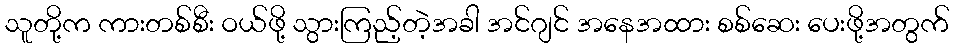
သူတို့က ကားတစ်စီး ဝယ်ဖို့ သွားကြည့်တဲ့အခါ အင်ဂျင် အနေအထား စစ်ဆေး ပေးဖို့အတွက်